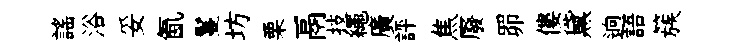
謡浴妥氤鬘坊栗鬲技繩廣評焦廢𦊑僂黛逈語簇